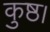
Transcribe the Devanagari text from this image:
कुष्ठ।